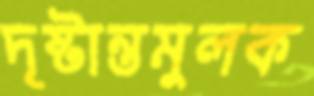
দৃষ্টান্তমুলক